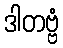
ဒါတဗ္ဗံ